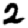
Digit: 2